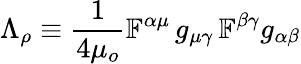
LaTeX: \Lambda_{\rho}\equiv\frac{1}{4\mu_{o}}\mathbb{F}^{\alpha\mu}\, g_{\mu\gamma}\, \mathbb{F}^{\beta\gamma}g_{\alpha\beta}